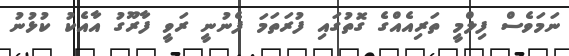
ނަމަވެސް ފިލްމީ ތަރިއެއްގެ ގޮތުގައި ފުރަތަމަ ފެނުނީ ރަވީ ފާރޫގު އާއެކު ކުޅުނު